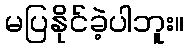
မပြနိုင်ခဲ့ပါဘူး။